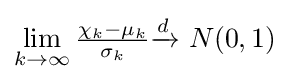
\lim _{k\to \infty }{\tfrac {\chi _{k}-\mu _{k}}{\sigma _{k}}}{\xrightarrow {d}}\ N(0,1)